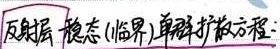
反射层 稳态(临界)单群扩散方程：